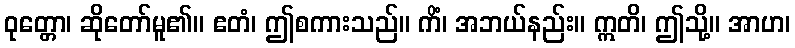
ဝုတ္တော၊ ဆိုတော်မူ၏။ ဧတံ၊ ဤစကားသည်။ ကိံ၊ အဘယ်နည်း။ ဣတိ၊ ဤသို့။ အာဟ၊